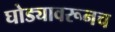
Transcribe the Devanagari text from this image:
घोड्यावरूनच